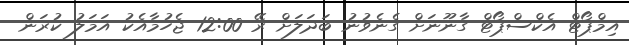
އިމްޕޯޓް އެކްސްޕޯޓް ގާނޫނަށް ގެނެވުނު ބަދަލަށް ރޭ 12:00 ޖެހުމާއެކު އަމަލު ކުރަން